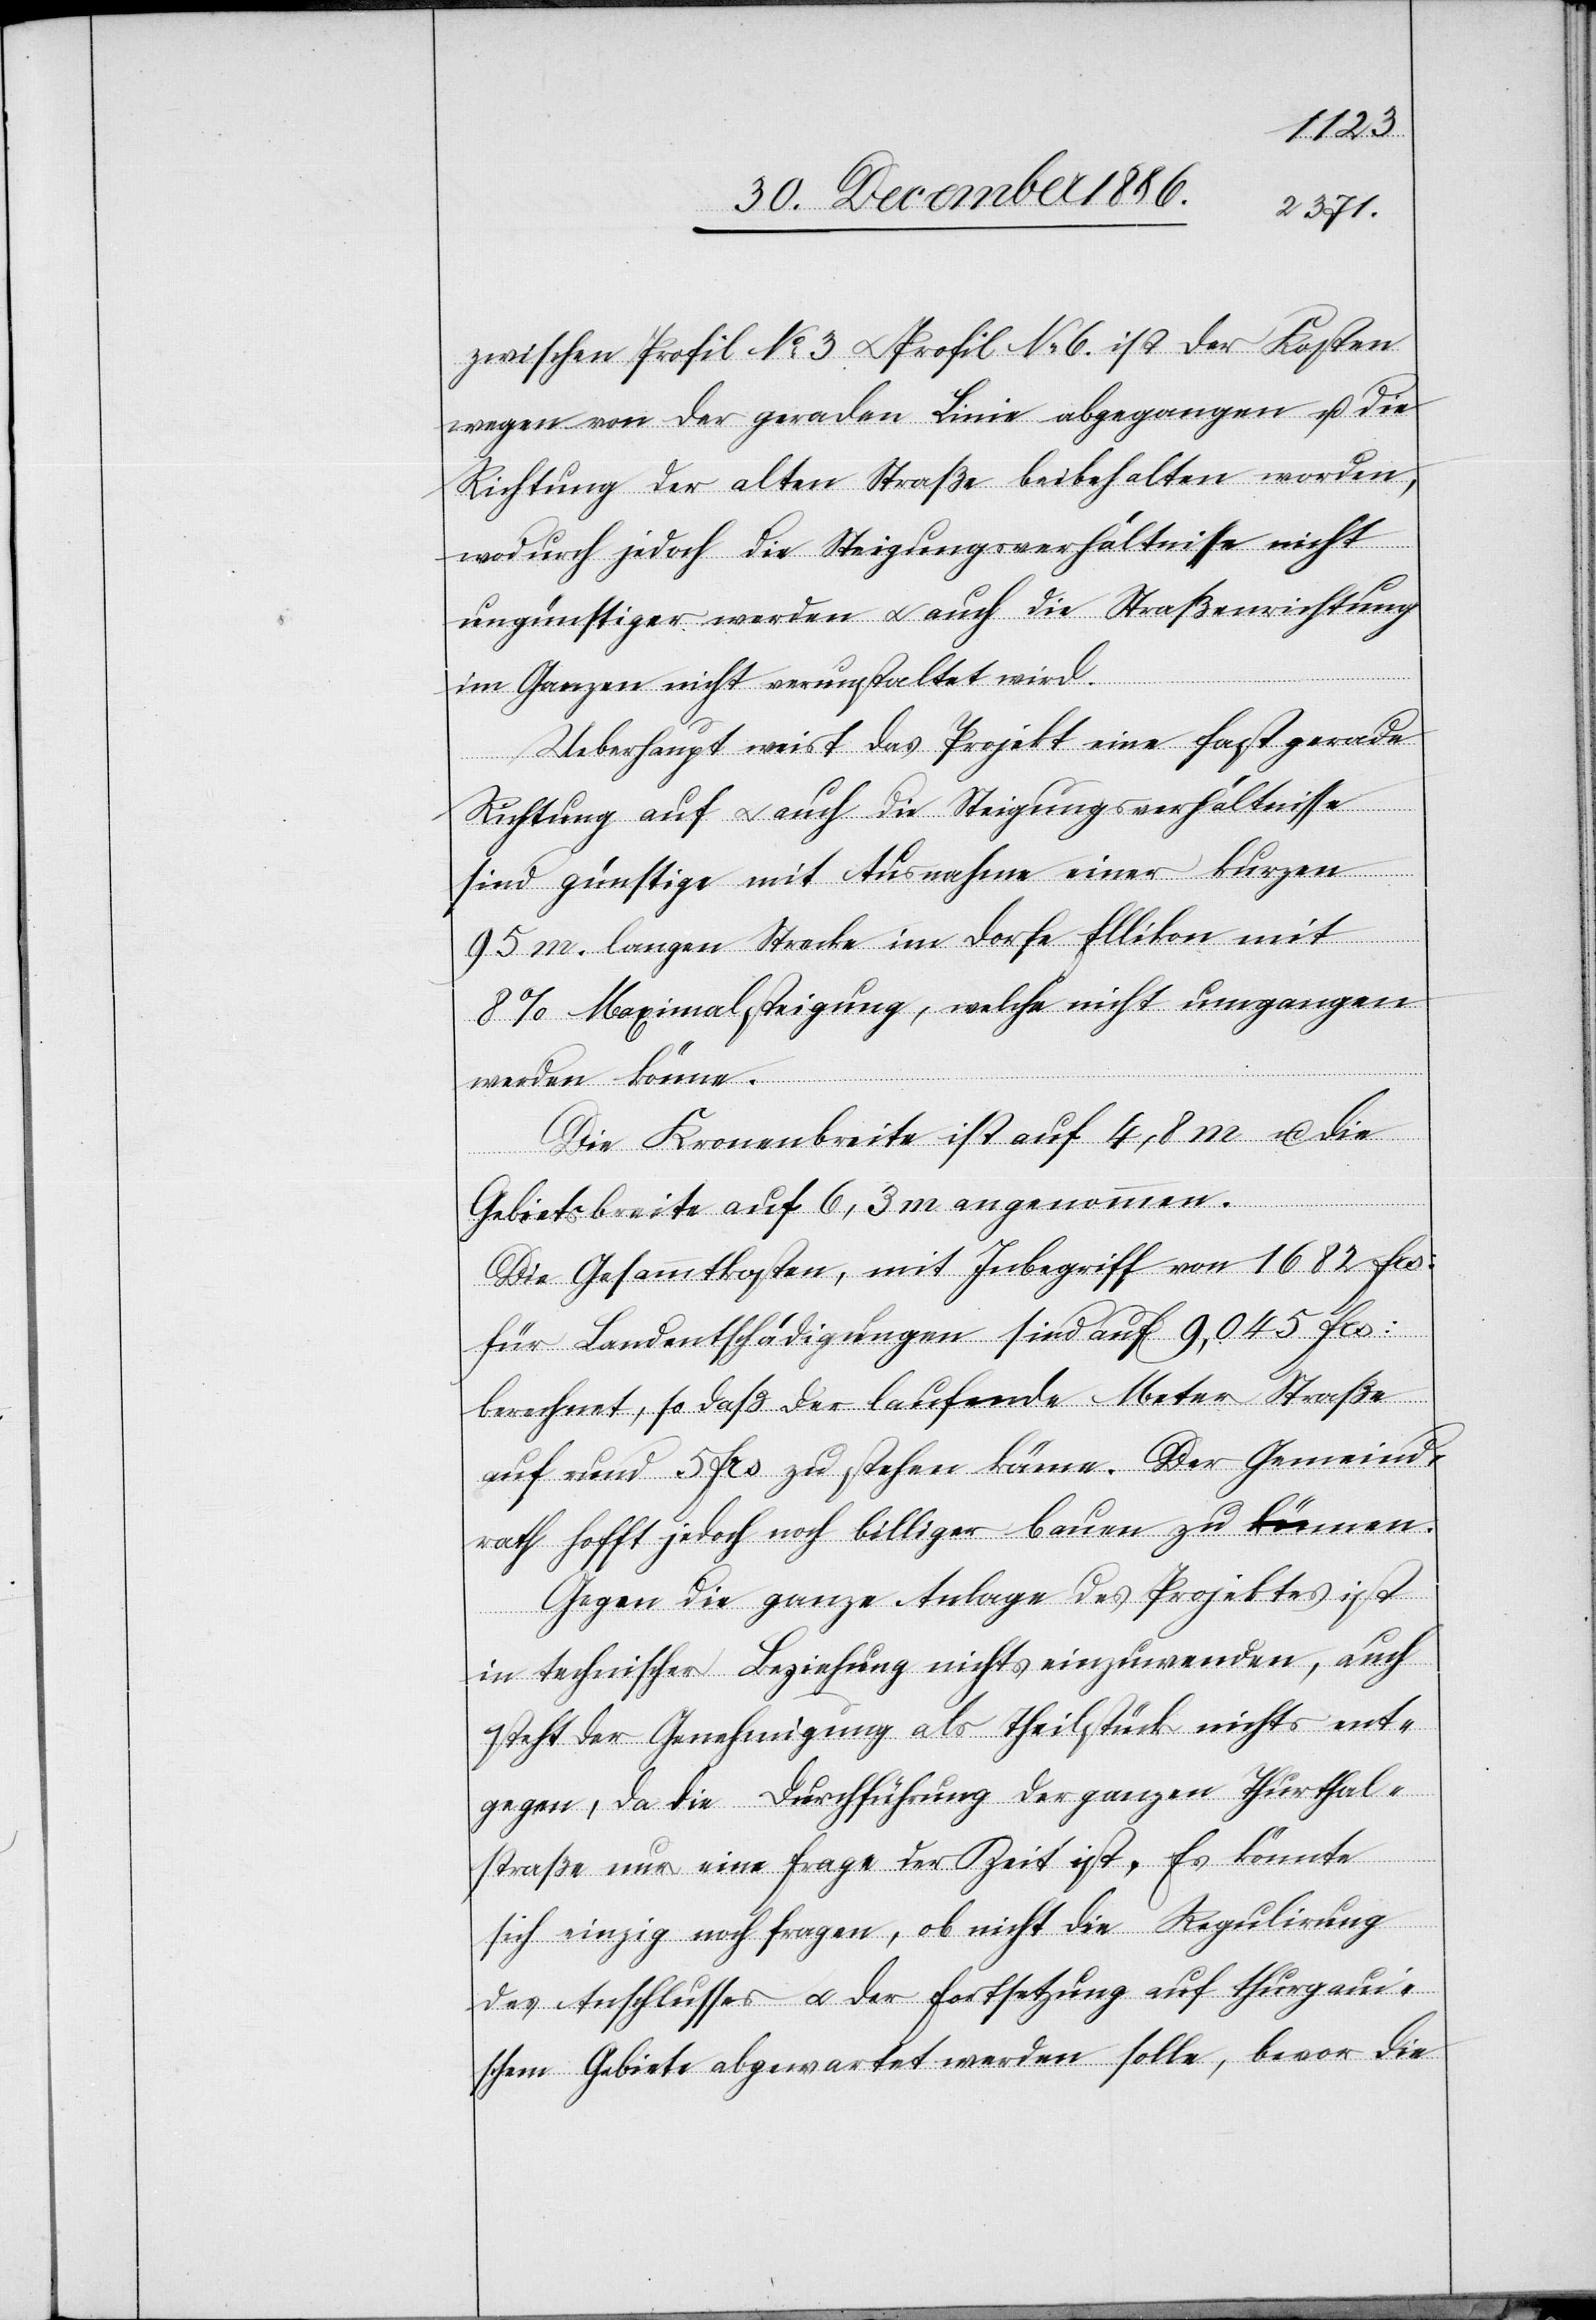
zwischen Profil No 3 & Profil No 6 ist der Kosten
wegen von der geraden Linie abgegangen u. die
Richtung der alten Straße beibehalten worden,
wodurch jedoch die Steigungsverhältnisse nicht
ungünstiger werden & auch die Straßenrichtung
im Ganzen nicht verunstaltet wird.
Ueberhaupt weist das Projekt eine fast gerade
Richtung auf & auch die Steigungsverhältnisse
sind günstige mit Ausnahme einer kurzen
95 m. langen Strecke im Dorfe Ellikon mit
8% Maximalsteigung, welche nicht umgangen
werden könne.
Die Kronenbreite ist auf 4,8 m u. die
Gebietsbreite auf 6,3 m angenommen.
Die Gesammtkosten, mit Inbegriff von 1682 Frs:
für Landentschädigungen sind auf 9,045 Frs:
berechnet, so daß der laufende Meter Straße
auf rund 5 Frs: zu stehen käme. Der Gemeind¬
rath hofft jedoch noch billiger bauen zu können.
Gegen die ganze Anlage des Projektes ist
in technischer Beziehung nichts einzuwenden, auch
steht der Genehmigung als Theilstück nichts ent¬
gegen, da die Durchführung der ganzen Thurthal¬
straße nur eine Frage der Zeit ist. Es könnte
sich einzig noch fragen, ob nicht die Regulirung
des Anschlusses & der Fortsetzung auf thurgaui¬
schem Gebiete abgewartet werden solle, bevor die